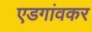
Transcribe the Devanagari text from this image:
एडगांवकर